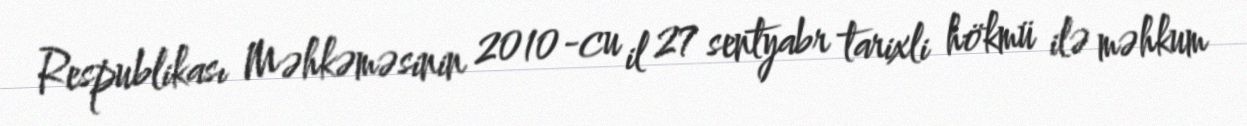
Respublikası Məhkəməsinin 2010-cu il 27 sentyabr tarixli hökmü ilə məhkum